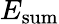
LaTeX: E_{\mathrm{sum}}